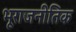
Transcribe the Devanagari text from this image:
भूराजनीतिक